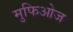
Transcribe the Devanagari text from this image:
मुफिओज